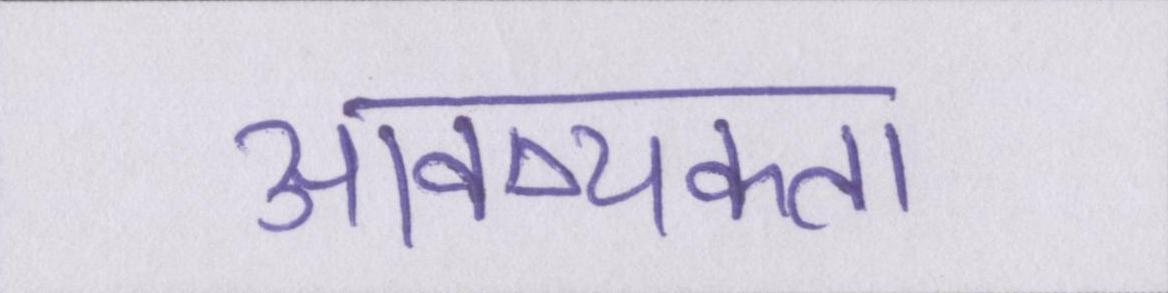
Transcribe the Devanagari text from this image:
आवष्यकता